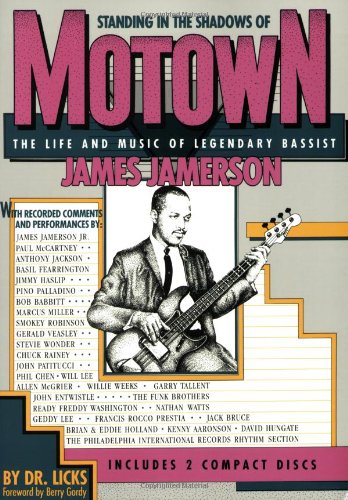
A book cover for Standing in the Shadows of Motown: The Life and Music of Legendary Bassist James Jamerson; Dr. Licks; Biographies & Memoirs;